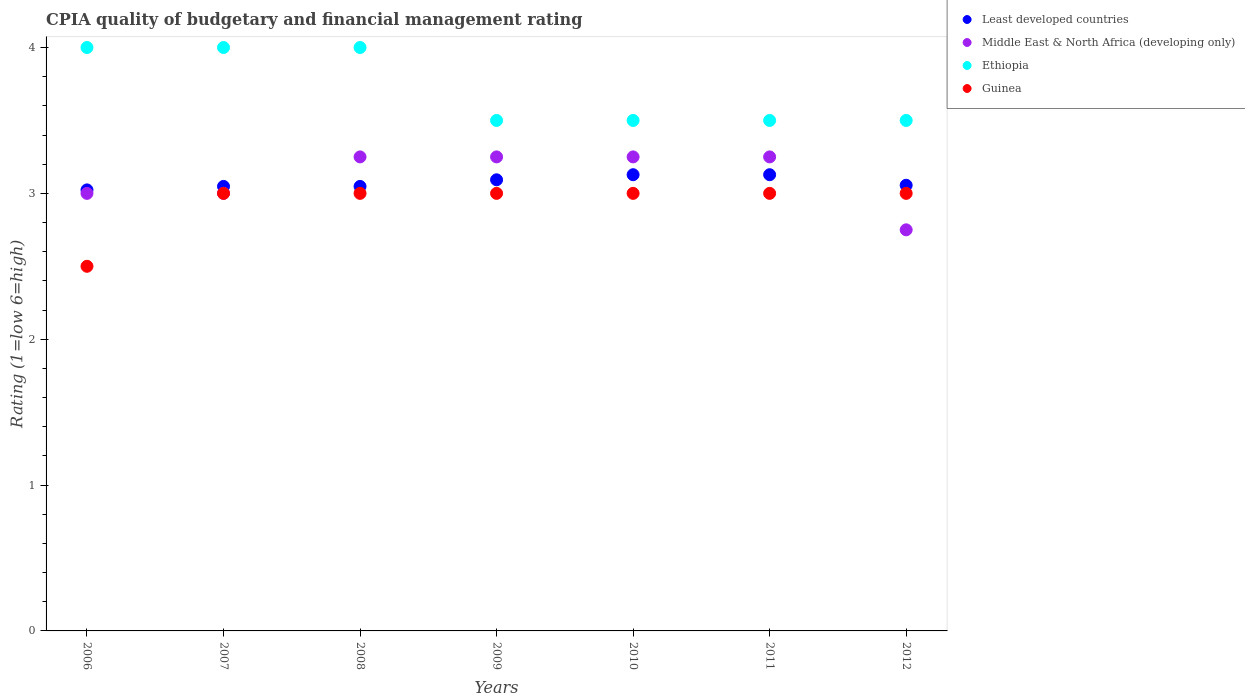
| Years | Least developed countries | Middle East & North Africa (developing only) | Ethiopia | Guinea |
 | --- | --- | --- | --- | --- |
 | 2006 | 3.02 | 3 | 4 | 2.5 |
 | 2007 | 3.05 | 3 | 4 | 3 |
 | 2008 | 3.05 | 3.25 | 4 | 3 |
 | 2009 | 3.09 | 3.25 | 3.5 | 3 |
 | 2010 | 3.13 | 3.25 | 3.5 | 3 |
 | 2011 | 3.13 | 3.25 | 3.5 | 3 |
 | 2012 | 3.06 | 2.75 | 3.5 | 3 |